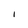
Character: I